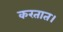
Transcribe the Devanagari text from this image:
करतात।